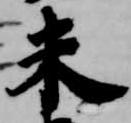
未